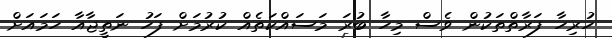
ހުރިހާ ފަރާތްތަކުން ވެސް މިހާ ބުރަ މަސައްކަތެއް ކުރުމަށް ފަހު ނަތީޖާއާ ހަމައަށް